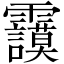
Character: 𩇅